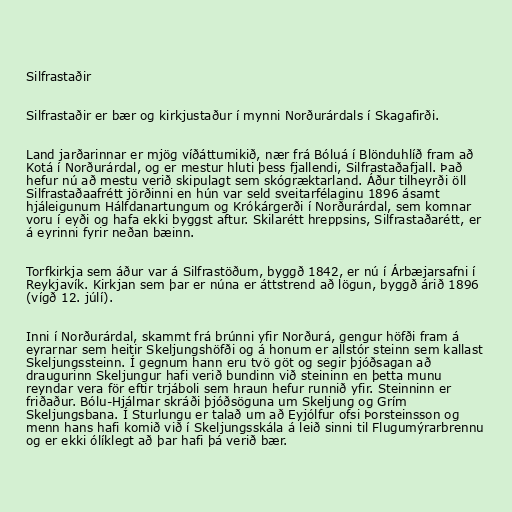
Silfrastaðir

Silfrastaðir er bær og kirkjustaður í mynni Norðurárdals í Skagafirði.

Land jarðarinnar er mjög víðáttumikið, nær frá Bóluá í Blönduhlíð fram að
Kotá í Norðurárdal, og er mestur hluti þess fjallendi, Silfrastaðafjall. Það
hefur nú að mestu verið skipulagt sem skógræktarland. Áður tilheyrði öll
Silfrastaðaafrétt jörðinni en hún var seld sveitarfélaginu 1896 ásamt
hjáleigunum Hálfdanartungum og Krókárgerði í Norðurárdal, sem komnar
voru í eyði og hafa ekki byggst aftur. Skilarétt hreppsins, Silfrastaðarétt, er
á eyrinni fyrir neðan bæinn.

Torfkirkja sem áður var á Silfrastöðum, byggð 1842, er nú í Árbæjarsafni í
Reykjavík. Kirkjan sem þar er núna er áttstrend að lögun, byggð árið 1896
(vígð 12. júlí).

Inni í Norðurárdal, skammt frá brúnni yfir Norðurá, gengur höfði fram á
eyrarnar sem heitir Skeljungshöfði og á honum er allstór steinn sem kallast
Skeljungssteinn. Í gegnum hann eru tvö göt og segir þjóðsagan að
draugurinn Skeljungur hafi verið bundinn við steininn en þetta munu
reyndar vera för eftir trjáboli sem hraun hefur runnið yfir. Steinninn er
friðaður. Bólu-Hjálmar skráði þjóðsöguna um Skeljung og Grím
Skeljungsbana. Í Sturlungu er talað um að Eyjólfur ofsi Þorsteinsson og
menn hans hafi komið við í Skeljungsskála á leið sinni til Flugumýrarbrennu
og er ekki ólíklegt að þar hafi þá verið bær.